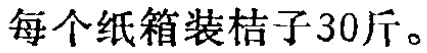
每个纸箱装桔子30斤。